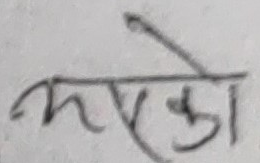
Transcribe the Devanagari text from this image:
भेको